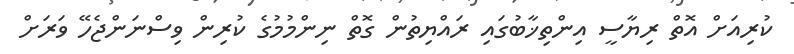
ކުރިއަށް އޮތް ރިޔާސީ އިންތިޚާބުގައި ރައްޔިތުން ގޮތް ނިންމުމުގެ ކުރިން ވިސްނަންޖެހޭ ވަރަށް